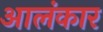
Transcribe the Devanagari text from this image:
आलंकार